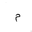
Letter: _mim